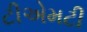
ટીએમટી